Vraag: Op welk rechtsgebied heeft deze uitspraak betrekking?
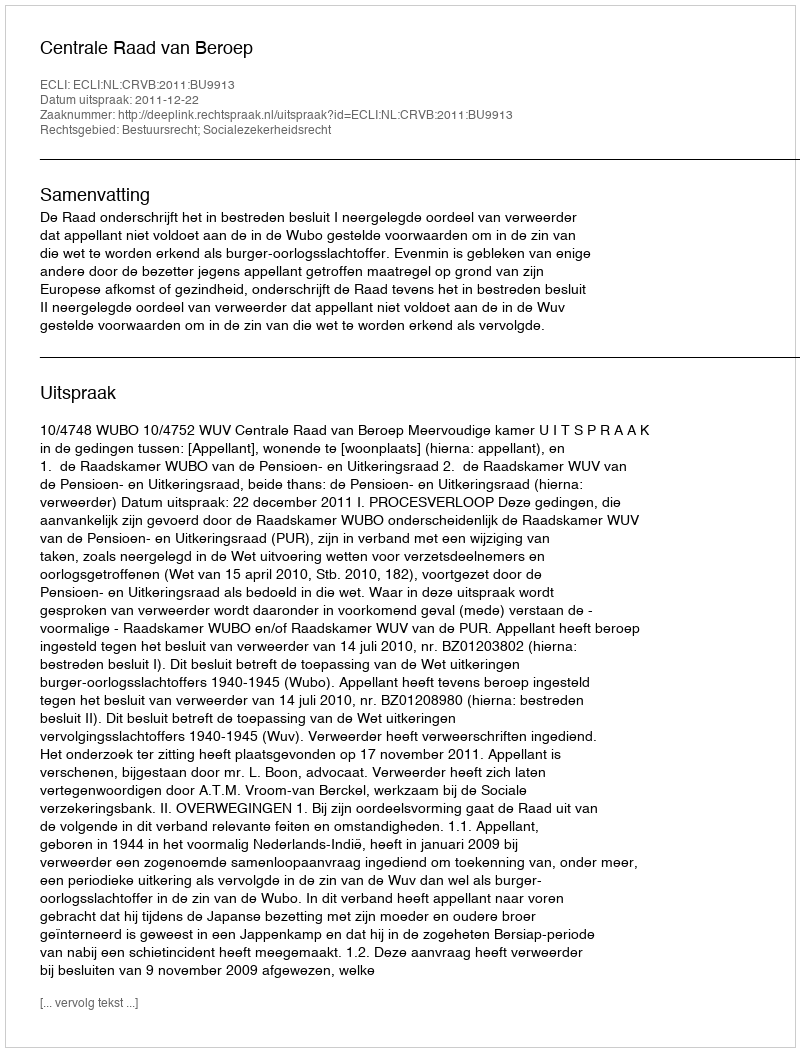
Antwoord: Bestuursrecht; Socialezekerheidsrecht